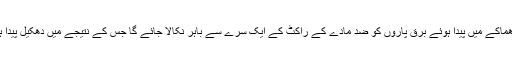
اس دھماکے میں پیدا ہوئے برق پاروں کو ضد مادّے کے راکٹ کے ایک سرے سے باہر نکالا جائے گا جس کے نتیجے میں دھکیل پیدا ہوگی۔